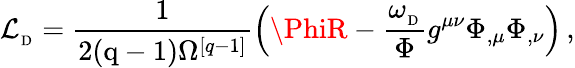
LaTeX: {\cal\mathcal{L}}_{_\mathrm{{D}}}={\frac{{1}}{{2(\mathrm{{q-1}})\Omega^{[q-1]}}}}\Big(\PhiR-{\frac{{\omega_{_\mathrm{{D}}}}}{{\Phi}}}g^{\mu\nu}\Phi_{,\mu}\Phi_{,\nu}\Big)\, ,